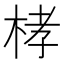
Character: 㭳